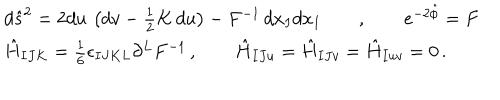
\begin{array} { l } { { d { \hat { s } } ^ { 2 } = 2 d u \, \left( d v - \frac { 1 } { 2 } K \, d u \right) - F ^ { - 1 } \, d x _ { I } d x _ { I } \qquad , \qquad e ^ { - 2 \hat { \phi } } = F } } \\ { { \hat { H } _ { I J K } = \frac { 1 } { 6 } \epsilon _ { I J K L } \partial ^ { L } F ^ { - 1 } \, , \qquad \hat { H } _ { I J u } = \hat { H } _ { I J v } = \hat { H } _ { I u v } = 0 \, . } } \\ \end{array}